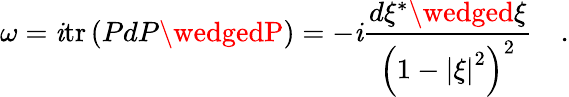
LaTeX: \omega=\mathit{i}\mathrm{{tr}}\left({PdP\wedgedP}\right)=-\mathit{i}{\frac{{d\xi^{*}\wedged\xi}}{{\left({1-\left|\xi\right|^{2}}\right)^{2}}}}\quad.